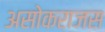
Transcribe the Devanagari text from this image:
असोकराजस